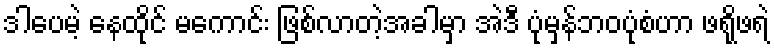
ဒါပေမဲ့ နေထိုင် မကောင်း ဖြစ်လာတဲ့အခါမှာ အဲဒီ ပုံမှန်ဘဝပုံစံဟာ ဖရိုဖရဲ